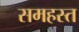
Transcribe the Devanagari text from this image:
समहस्त